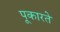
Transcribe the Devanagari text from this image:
पूकारते